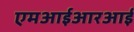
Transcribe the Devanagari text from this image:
एमआईआरआई